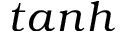
t a n h